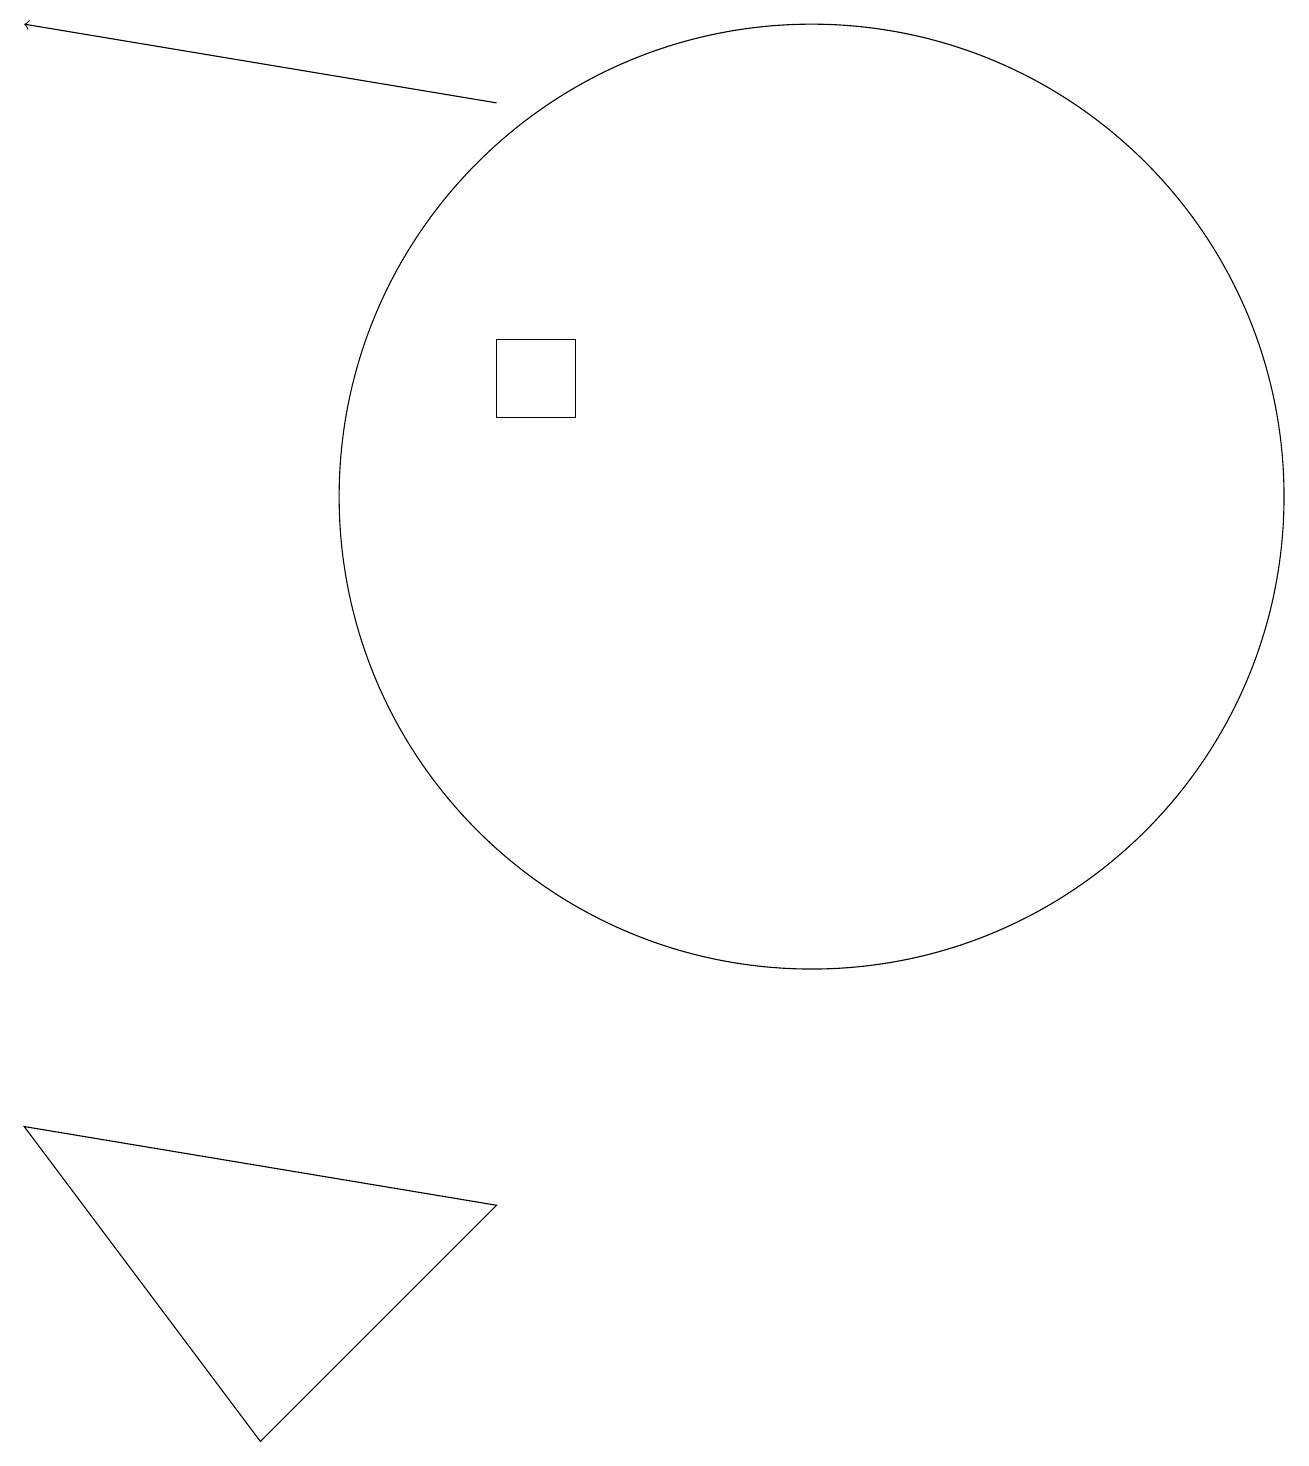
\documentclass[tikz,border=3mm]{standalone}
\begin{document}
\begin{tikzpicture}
\draw (6,13) rectangle (7,14);
\draw (10,12) circle (6);
\draw[->] (6,17) -- (0,18);
\draw (6,3) -- (3,0) -- (0,4) -- cycle;
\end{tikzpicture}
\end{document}